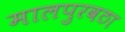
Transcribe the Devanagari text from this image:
मालपुरवठा